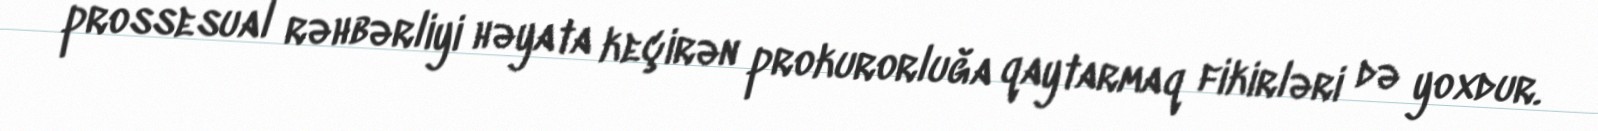
prossesual rəhbərliyi həyata keçirən prokurorluğa qaytarmaq fikirləri də yoxdur.